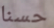
حسنا